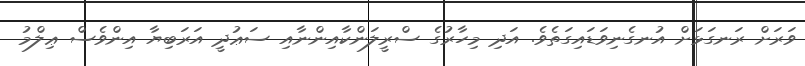
ވަރަށް ރަނގަޅަށް އުނގެނިވަޑައިގަތެވެ. އަދި މިހާރުގެ ސްރީލަންކާއިންނާއި ސަޢުދީ އަރަބިޔާ އިންވެސް ޢިލްމު